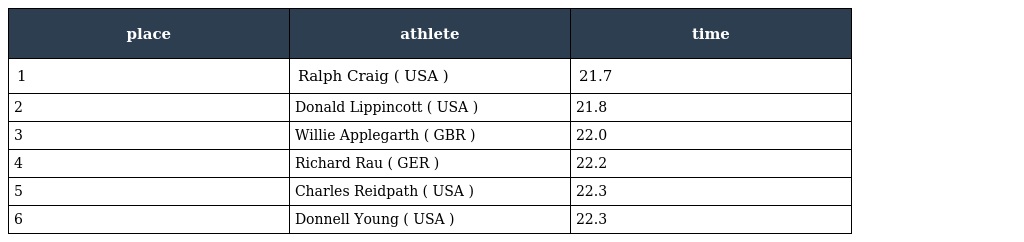
| place | athlete | time |
 | --- | --- | --- |
 | 1 | Ralph Craig ( USA ) | 21.7 |
 | 2 | Donald Lippincott ( USA ) | 21.8 |
 | 3 | Willie Applegarth ( GBR ) | 22.0 |
 | 4 | Richard Rau ( GER ) | 22.2 |
 | 5 | Charles Reidpath ( USA ) | 22.3 |
 | 6 | Donnell Young ( USA ) | 22.3 |